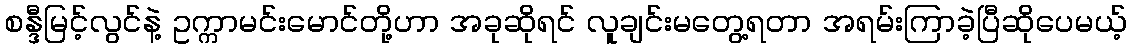
စန္ဒီမြင့်လွင်နဲ့ ဥက္ကာမင်းမောင်တို့ဟာ အခုဆိုရင် လူချင်းမတွေ့ရတာ အရမ်းကြာခဲ့ပြီဆိုပေမယ့်